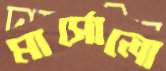
মার্সোলো